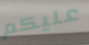
عليكم